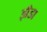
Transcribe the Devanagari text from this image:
झँडा